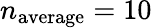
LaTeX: n_{\mathrm{average}}=10